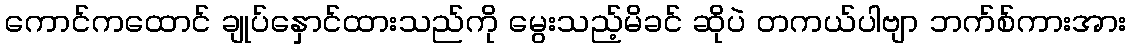
ကောင်ကထောင် ချုပ်နှောင်ထားသည်ကို မွေးသည့်မိခင် ဆိုပဲ တကယ်ပါဗျာ ဘက်စ်ကားအား